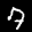
Label: 7